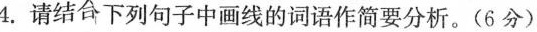
4. 请结合下列句子中画线的词语作简要分析。(6分)